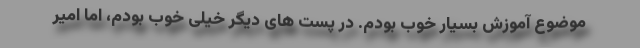
موضوع آموزش بسیار خوب بودم. در پست های دیگر خیلی خوب بودم، اما امیر